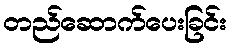
တည်ဆောက်ပေးခြင်း